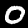
Label: 0